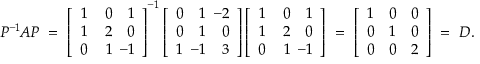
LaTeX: P ^ { - 1 } \! A P \ = \ \left[ { \begin{array} { r r r } { 1 } & { \, 0 } & { 1 } \\ { 1 } & { 2 } & { 0 } \\ { 0 } & { 1 } & { \! \! \! \! - 1 } \end{array} } \right] ^ { - 1 } \left[ { \begin{array} { r r r } { 0 } & { 1 } & { \! \! \! - 2 } \\ { 0 } & { 1 } & { 0 } \\ { 1 } & { \! \! \! - 1 } & { 3 } \end{array} } \right] \left[ { \begin{array} { r r r } { 1 } & { \, 0 } & { 1 } \\ { 1 } & { 2 } & { 0 } \\ { 0 } & { 1 } & { \! \! \! \! - 1 } \end{array} } \right] \ = \ { \left[ \begin{array} { l l l } { 1 } & { 0 } & { 0 } \\ { 0 } & { 1 } & { 0 } \\ { 0 } & { 0 } & { 2 } \end{array} \right] } \ = \ D .